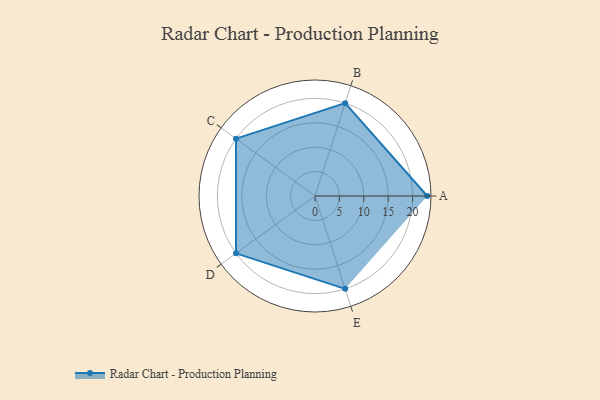
{"axis": {"x": "Skill", "y": "Score"}, "legend": ["Profile"], "data": [{"x": "A", "y": 23.0, "type": "Profile"}, {"x": "B", "y": 20.0, "type": "Profile"}, {"x": "C", "y": 20, "type": "Profile"}, {"x": "D", "y": 20, "type": "Profile"}, {"x": "E", "y": 20, "type": "Profile"}]}